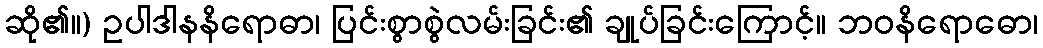
ဆို၏။) ဥပါဒါနနိရောဓာ၊ ပြင်းစွာစွဲလမ်းခြင်း၏ ချုပ်ခြင်းကြောင့်။ ဘဝနိရောဓော၊